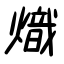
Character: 熾